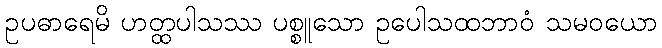
ဥပဓာရေမိ ဟတ္ထပါသဿ ပစ္စူသော ဥပေါသထဘာဝံ သမဝယော